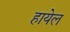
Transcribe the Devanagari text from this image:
हायेल